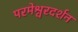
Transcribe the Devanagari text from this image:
परमेश्वरदर्शन